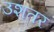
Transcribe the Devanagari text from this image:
उशतर